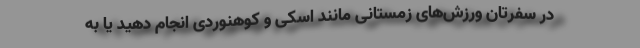
در سفرتان ورزش‌های زمستانی مانند اسکی و کوهنوردی انجام دهید یا به